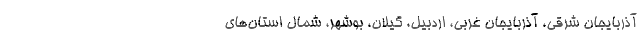
آذربایجان شرقی، آذربایجان غربی، اردبیل، گیلان، بوشهر، شمال استان‌های